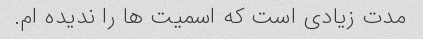
مدت زیادی است که اسمیت ها را ندیده ام.